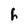
Character: h